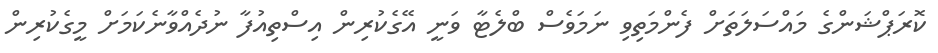
ކޮރަޕްޝަންގެ މައްސަލަތަށް ފެންމަތިވި ނަމަވެސް ބްލެޓާ ވަނީ އޭގެކުރިން އިސްތިއުފާ ނުދެއްވާނެކަމަށް މީގެކުރިން